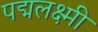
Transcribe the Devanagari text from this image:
पद्मलक्ष्मी